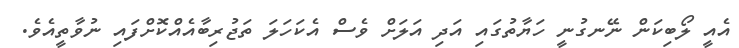
އެއީ ލޯބިކަން ނޭނގުނީ ހަޔާތުގައި އަދި އަލަށް ވެސް އެކަހަލަަ ތަޖުރިބާއެއްކޮށްފައި ނުވާތީއެވެ.